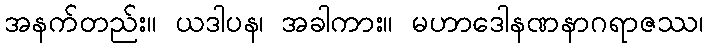
အနက်တည်း။ ယဒါပန၊ အခါကား။ မဟာဒေါနဏနာဂရာဇဿ၊